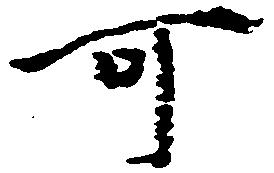
可